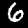
Label: 6